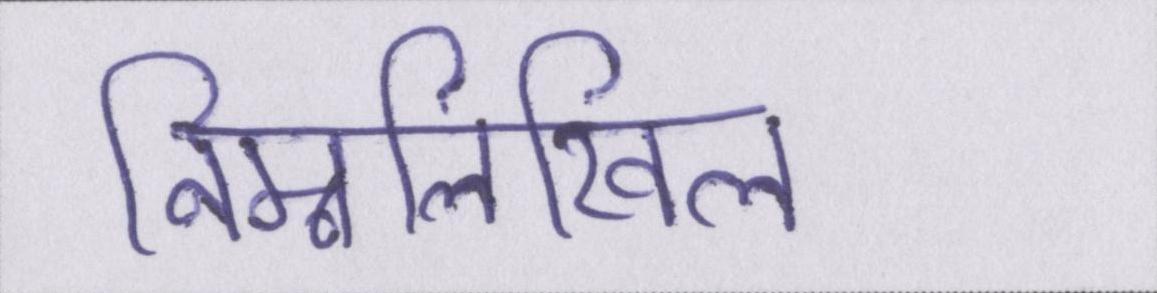
निम्नलिखिल